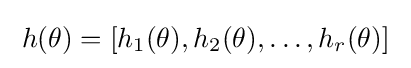
\;h(\theta )=\left[h_{1}(\theta ),h_{2}(\theta ),\ldots ,h_{r}(\theta )\right]\;